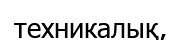
техникалық,